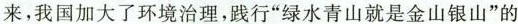
来，我国加大了环境治理，践行“绿水青山就是金山银山”的